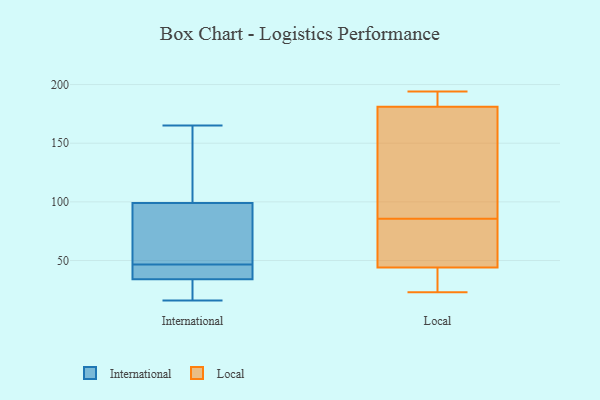
{"axis": {"x": "Waste Production (Tons)", "y": "Value"}, "legend": ["International", "Local"], "data": [{"x": "", "y": 16, "type": "International"}, {"x": "", "y": 45, "type": "International"}, {"x": "", "y": 36, "type": "International"}, {"x": "", "y": 165, "type": "International"}, {"x": "", "y": 118, "type": "International"}, {"x": "", "y": 48, "type": "International"}, {"x": "", "y": 99, "type": "International"}, {"x": "", "y": 42, "type": "International"}, {"x": "", "y": 34, "type": "International"}, {"x": "", "y": 26, "type": "International"}, {"x": "", "y": 53, "type": "International"}, {"x": "", "y": 39, "type": "International"}, {"x": "", "y": 133, "type": "International"}, {"x": "", "y": 31, "type": "International"}, {"x": "", "y": 30, "type": "International"}, {"x": "", "y": 133, "type": "International"}, {"x": "", "y": 70, "type": "International"}, {"x": "", "y": 90, "type": "International"}, {"x": "", "y": 32, "type": "Local"}, {"x": "", "y": 194, "type": "Local"}, {"x": "", "y": 75, "type": "Local"}, {"x": "", "y": 83, "type": "Local"}, {"x": "", "y": 188, "type": "Local"}, {"x": "", "y": 23, "type": "Local"}, {"x": "", "y": 181, "type": "Local"}, {"x": "", "y": 44, "type": "Local"}, {"x": "", "y": 25, "type": "Local"}, {"x": "", "y": 181, "type": "Local"}, {"x": "", "y": 88, "type": "Local"}, {"x": "", "y": 128, "type": "Local"}, {"x": "", "y": 57, "type": "Local"}, {"x": "", "y": 116, "type": "Local"}]}